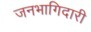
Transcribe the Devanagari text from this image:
जनभागिदारी